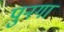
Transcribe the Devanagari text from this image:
पुनगा